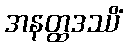
အနတ္ထဒဿိံ